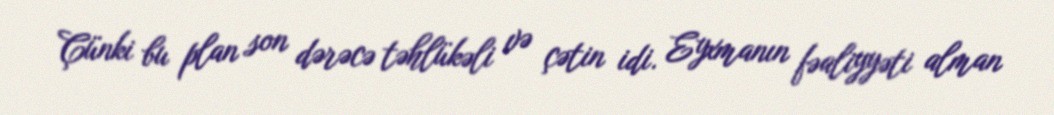
Çünki bu plan son dərəcə təhlükəli və çətin idi. Eyxmanın fəaliyyəti alman